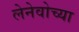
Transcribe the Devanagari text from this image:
लेनेवोच्या